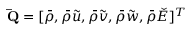
\mathbf { \bar { Q } } = [ \bar { \rho } , \bar { \rho } \tilde { u } , \bar { \rho } \tilde { v } , \bar { \rho } \tilde { w } , \bar { \rho } \check { E } ] ^ { T }